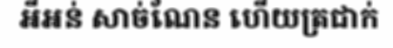
អីអន់ សាច់ណែន ហើយត្រជាក់